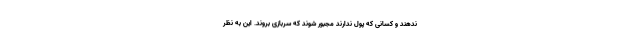
ندهند و کسانی که پول ندارند مجبور شوند که سربازی بروند. این به نظر